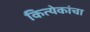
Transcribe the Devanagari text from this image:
कित्येकांचा